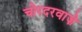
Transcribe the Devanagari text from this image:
चोरदरवाज़े